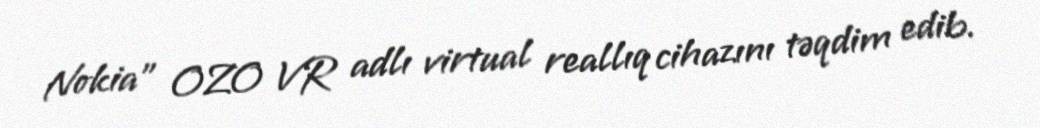
Nokia" OZO VR adlı virtual reallıq cihazını təqdim edib.